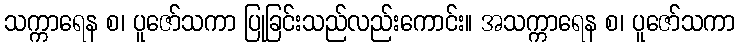
သက္ကာရေန စ၊ ပူဇော်သကာ ပြုခြင်းသည်လည်းကောင်း။ အသက္ကာရေန စ၊ ပူဇော်သကာ